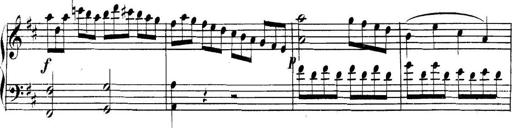
Title: Collected Piano Sonatas
Composer: Muzio Clementi